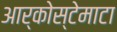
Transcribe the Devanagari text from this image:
आर्कोस्टेमाटा